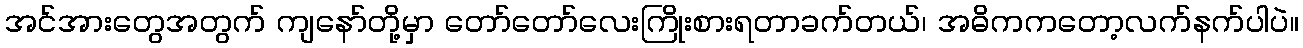
အင်အားတွေအတွက် ကျနော်တို့မှာ တော်တော်လေးကြိုးစားရတာခက်တယ်၊ အဓိကကတော့လက်နက်ပါပဲ။